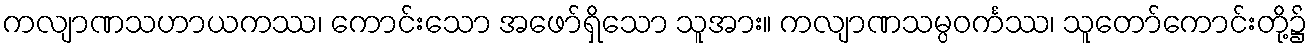
ကလျာဏသဟာယကဿ၊ ကောင်းသော အဖော်ရှိသော သူအား။ ကလျာဏသမ္ပဝင်္ကဿ၊ သူတော်ကောင်းတို့၌